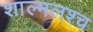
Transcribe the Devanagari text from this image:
शाल्मलश्च